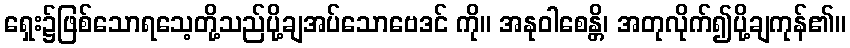
ရှေး၌ဖြစ်သောရသေ့တို့သည်ပို့ချအပ်သောဗေဒင် ကို။ အနုဝါစေန္တိ၊ အတုလိုက်၍ပို့ချကုန်၏။